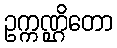
ဥက္ကဏ္ဌိတော